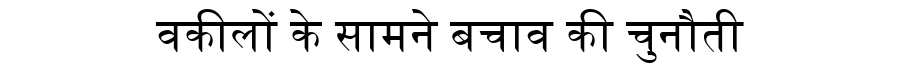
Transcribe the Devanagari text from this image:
वकीलों के सामने बचाव की चुनौती